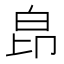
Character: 皍